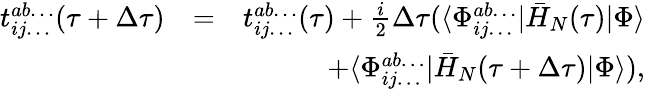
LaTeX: \begin{array}{rlr}{t_{ij\dots}^{ab\dots}(\tau+\Delta\tau)}&{=}&{t_{ij\dots}^{ab\dots}(\tau)+\frac{i}{2}\Delta\tau(\langle\Phi_{ij\dots}^{ab\dots}|\bar{H}_{N}(\tau)|\Phi\rangle}\\ &{}&{+\langle\Phi_{ij\dots}^{ab\dots}|\bar{H}_{N}(\tau+\Delta\tau)|\Phi\rangle),}\end{array}